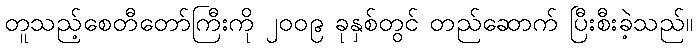
တူသည့်စေတီတော်ကြီးကို ၂၀၀၉ ခုနှစ်တွင် တည်ဆောက် ပြီးစီးခဲ့သည်။